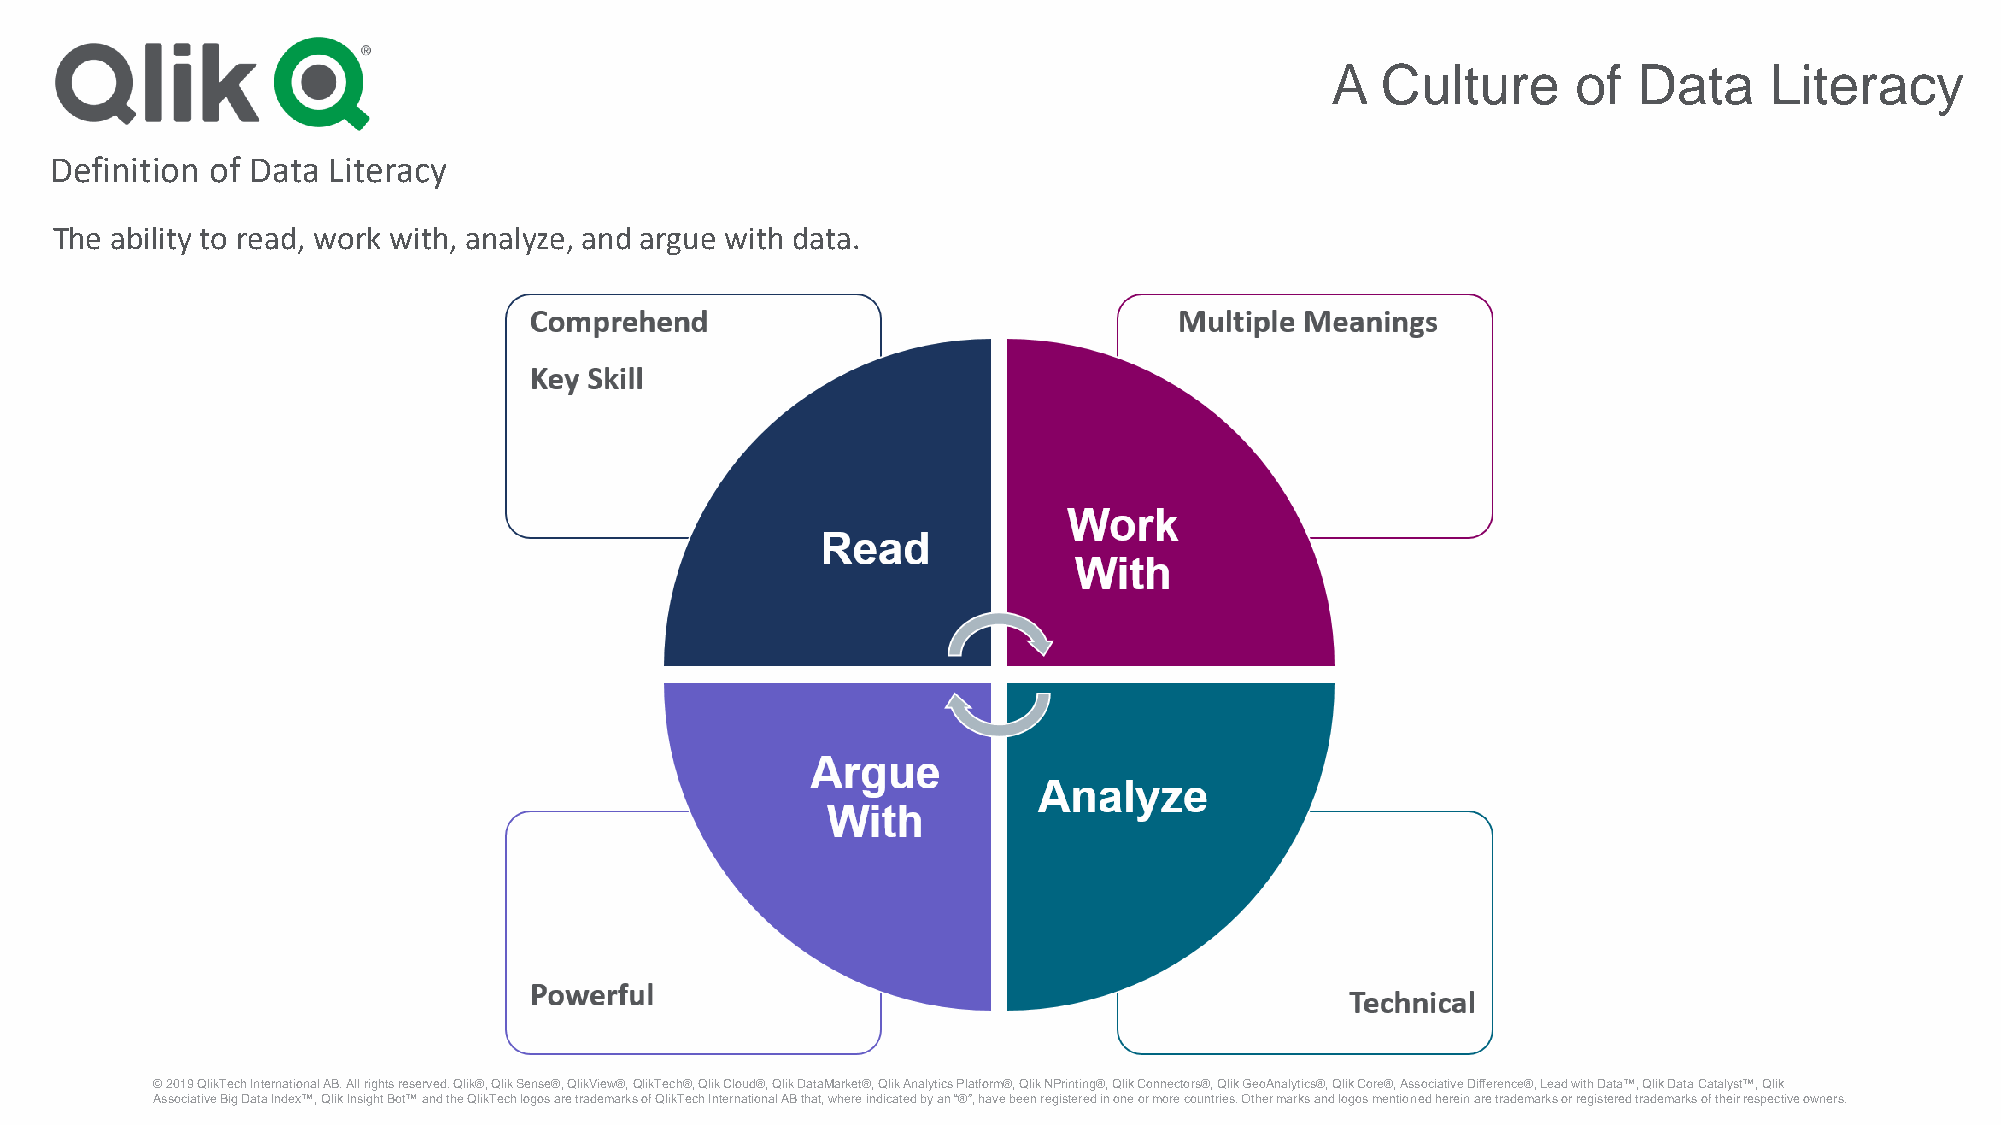
A  Culture      of  Data     Literacy
 Definition of Data Literacy
 The ability to read, work with, analyze, and argue with data.
 © 2019 QlikTechInternational AB. All rights reserved. Qlik®, Qlik Sense®, QlikView®, QlikTech®, Qlik Cloud®, Qlik DataMarket®, Qlik Analytics Platform®, Qlik NPrinting®, Qlik Connectors®, Qlik GeoAnalytics®, Qlik Core®, Associative Difference®, Lead with Data™, Qlik Data Catalyst™, Qlik
 Associative Big Data Index™, Qlik Insight Bot™ and the QlikTechlogos are trademarks of QlikTechInternational AB that, where indicated by an “®”, have been registered in one or more countries. Other marks and logos mentioned herein are trademarks or registered trademarks of their respective owners.